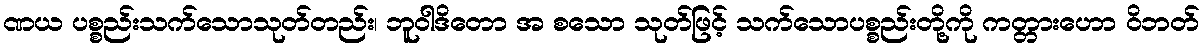
ဏယ ပစ္စည်းသက်သောသုတ်တည်း၊ ဘူဝါဒိတော အ စသော သုတ်ဖြင့် သက်သောပစ္စည်းတို့ကို ကတ္တားဟော ဝိဘတ်